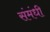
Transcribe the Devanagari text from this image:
संमंधी